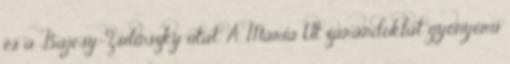
és a Bajcsy-Zsilinszky utat. A Mária Út zarándoklat gyönyörű